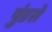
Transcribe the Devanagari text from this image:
पुंडसे